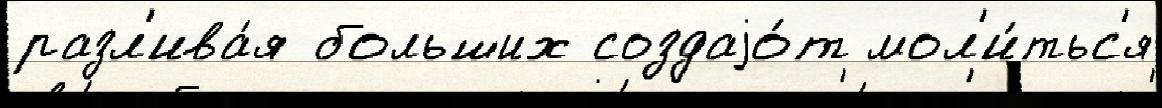
разл'ива́я больших создаjо́т мол'и́тьс'я